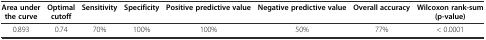
| Area under the curve | Optimal cutoff | Sensitivity | Specificity | Positive predictive value | Negative predictive value | Overall accuracy | Wilcoxon rank-sum (p-value) |
 | --- | --- | --- | --- | --- | --- | --- | --- |
 | 0.893 | 0.74 | 70% | 100% | 100% | 50% | 77% | < 0.0001 |